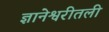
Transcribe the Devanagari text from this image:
ज्ञानेश्वरीतली